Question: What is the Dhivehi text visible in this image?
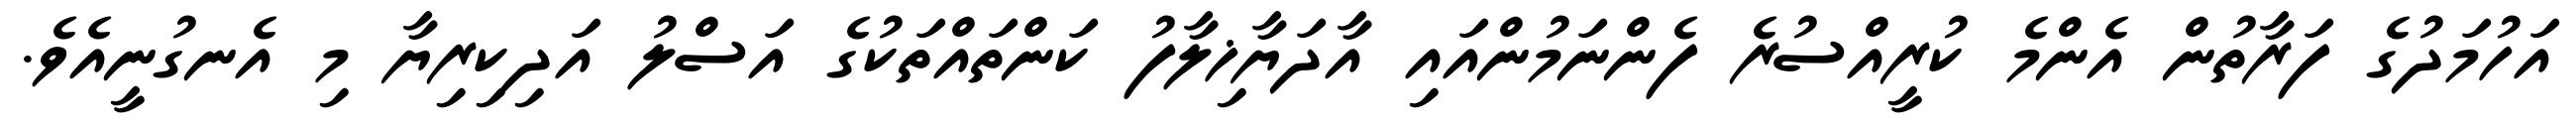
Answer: އަހުމަދުގެ ފަރާތުން އެންމެ ކުރީއްސުރެ ފެންނަމުންއައި އާދަޔާޚިލާފު ކަންތައްތަކުގެ އަސްލު އަދިކިރިޔާ މި އެނގުނީއެވެ.